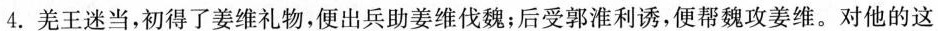
4.羌王迷当，初得了姜维礼物，便出兵助姜维伐魏；后受郭淮利诱，便帮魏攻姜维。对他的这